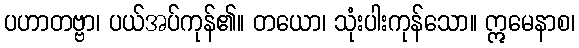
ပဟာတဗ္ဗာ၊ ပယ်အပ်ကုန်၏။ တယော၊ သုံးပါးကုန်သော။ ဣမေနာစ၊